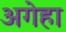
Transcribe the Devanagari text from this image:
अगेहा